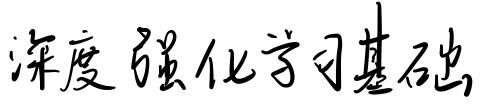
深度强化学习基础